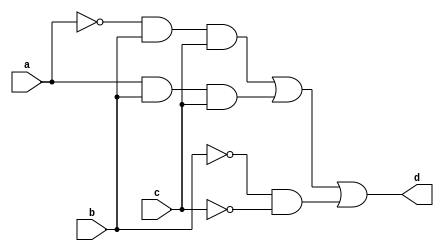
module example (a,b,c,d);
    input a,b,c;
    output d;
    assign d = (~a & b & c) | (a & b & c) | (~b & ~c);
endmodule